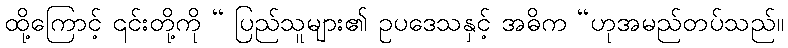
ထို့ကြောင့် ၎င်းတို့ကို “ ပြည်သူများ၏ ဥပဒေသနှင့် အဓိက “ဟုအမည်တပ်သည်။